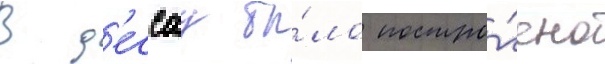
В д'ессау бы́ло постро́ено